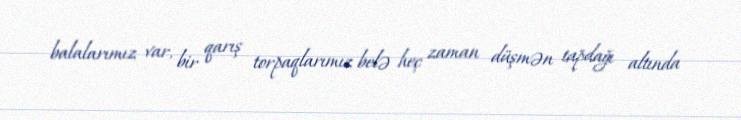
balalarımız var, bir qarış torpaqlarımız belə heç zaman düşmən tapdağı altında